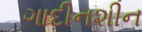
ગાદીનશીન